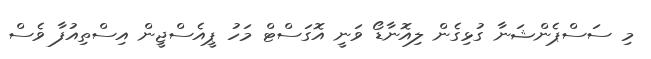
މި ސަސްޕެންޝަނާ ގުޅިގެން ލިއޮނާޑޯ ވަނީ އޮގަސްޓް މަހު ޕީއެސްޖީން އިސްތިއުފާ ވެސް